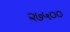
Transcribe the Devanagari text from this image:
२७५००